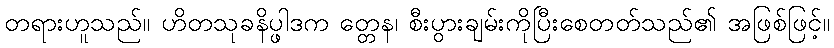
တရားဟူသည်။ ဟိတသုခနိပ္ဖါဒက တ္တေန၊ စီးပွားချမ်းကိုပြီးစေတတ်သည်၏ အဖြစ်ဖြင့်။